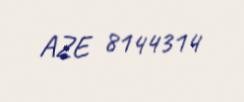
AZE 8144314